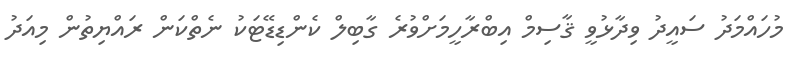
މުހައްމަދު ސައީދު ވިދާޅުވީ ޤާސިމް އިބްރާހީމަށްވުރެ ގާބިލް ކެންޑިޑޭޓަކު ނެތްކަން ރައްޔިތުން މިއަދު